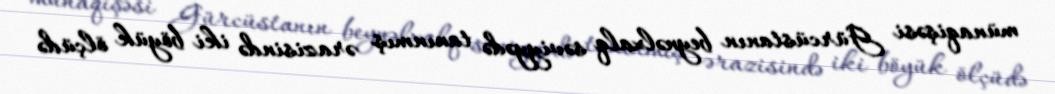
münaqişəsi Gürcüstanın beynəlxalq səviyyədə tanınmış ərazisində iki böyük ölçüdə